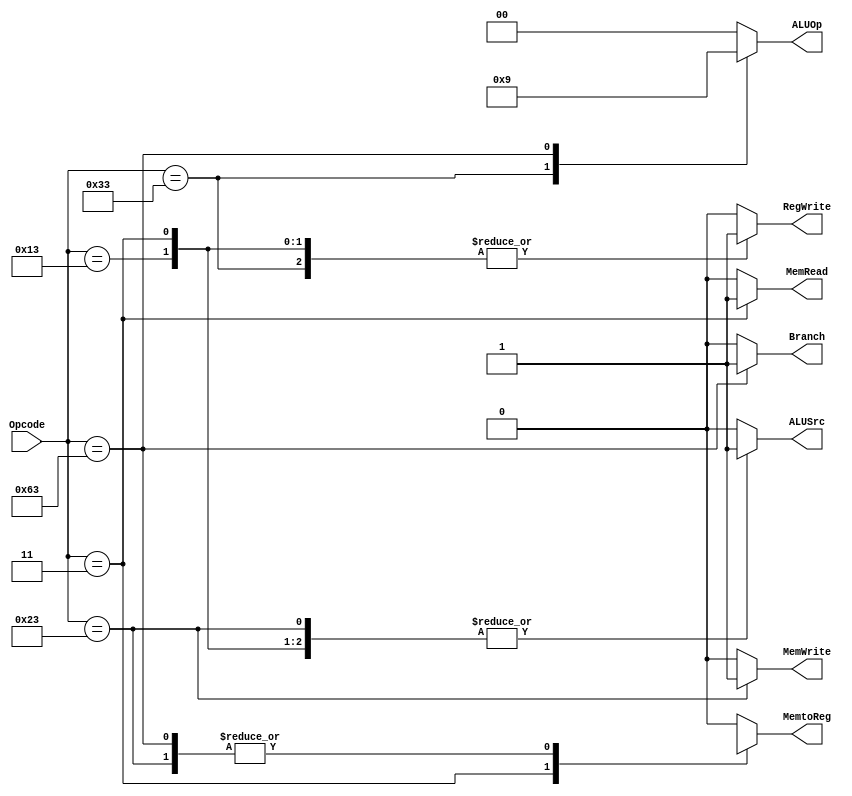
module Control_Unit (
    input [6:0] Opcode,
    output reg Branch, MemRead, MemtoReg, MemWrite, ALUSrc, RegWrite,
    output reg [1:0] ALUOp 
);

    // logic block
    always @(*) begin
        // Opcode-based case statement
case (Opcode)
    7'b0110011: // R-type (add/sub)
        begin
            // outputs according to R-type instruction
            ALUSrc = 1'b0;
            MemtoReg = 1'b0;
            RegWrite = 1'b1;
            MemRead = 1'b0;
            MemWrite = 1'b0;
            Branch = 1'b0;
            ALUOp = 2'b10;
        end
    7'b0000011: // I-type (ld types)
        begin
            // outputs according to I-type instruction
            ALUSrc = 1'b1;
            MemtoReg = 1'b1;
            RegWrite = 1'b1;
            MemRead = 1'b1;
            MemWrite = 1'b0;
            Branch = 1'b0;
            ALUOp = 2'b00;
        end
    7'b0100011: // S-type 
        begin
            // outputs according to S-type instruction
            ALUSrc = 1'b1;
            MemtoReg = 1'bx; // 'x' = value
            RegWrite = 1'b0;
            MemRead = 1'b0;
            MemWrite = 1'b1;
            Branch = 1'b0;
            ALUOp = 2'b00;
        end
    7'b1100011: // Branch instruction
        begin
            // Set output signals for branch instruction
            ALUSrc = 0;
            MemtoReg = 1'bX; // X = unknown
            RegWrite = 0;
            MemRead = 0;
            MemWrite = 0;
            Branch = 1;
            ALUOp = 2'b01;
        end
    7'b0010011: // I-type (addi, slli etc.)
        begin
            // I-type instruction (other)
        Branch = 1'b0;
        MemRead = 1'b0;
        MemtoReg = 1'b0;
        MemWrite = 1'b0;
        ALUSrc = 1'b1;
        RegWrite = 1'b1;
        ALUOp = 2'b00;
        end
    default:
        begin
    // case for invalid type
    Branch = 1'b0;
    MemRead = 1'b0;
    MemtoReg = 1'b0;
    MemWrite = 1'b0;
    ALUSrc = 1'b0;
    RegWrite = 1'b0;
    ALUOp = 2'b00;
        end
endcase
    end

endmodule